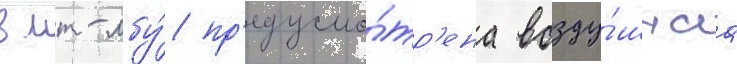
в мт-лбу́ пр'едусмо́тр'ена возду́шнаа